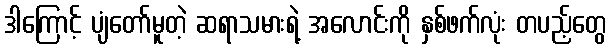
ဒါကြောင့် ပျံတော်မူတဲ့ ဆရာသမားရဲ့ အလောင်းကို နှစ်ဖက်လုံး တပည့်တွေ